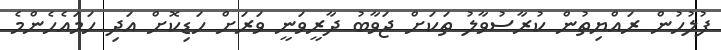
ފުލުހުން ރައްޔިތުން ކުރާސުވާލު ތަކަށް ޖަވާބު ދާރީވަނީ ވަރަށް ހަޑިކޮށް އަދި ހަމައެހެންމެ